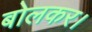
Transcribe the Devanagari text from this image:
बोलकर।